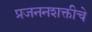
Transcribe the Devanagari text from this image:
प्रजननशक्तीचे